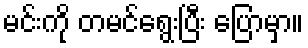
မင်းကို တမင်ရွေးပြီး ပြောမှာ။